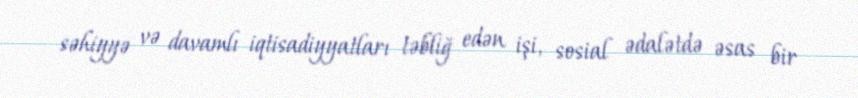
səhiyyə və davamlı iqtisadiyyatları təbliğ edən işi, sosial ədalətdə əsas bir